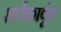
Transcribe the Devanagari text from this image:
सर्पकावूंत